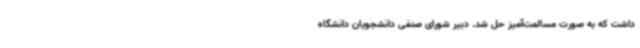
داشت که به صورت مسالمت‌آمیز حل شد. دبیر شورای صنفی دانشجویان دانشگاه